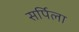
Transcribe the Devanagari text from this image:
सर्पिला